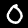
Digit: 0